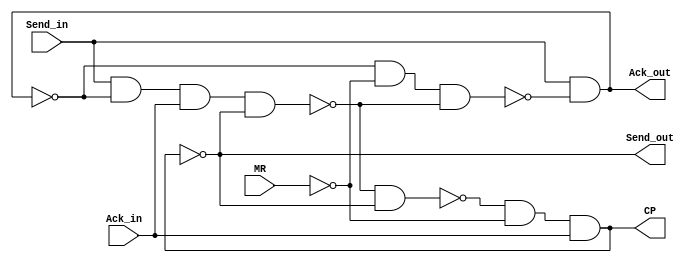
`timescale 1ns/1ns
module C (
    input Send_in, Ack_in, MR,
    output Ack_out, Send_out, CP
);

wire nand1_out, nand2_out, nand3_out, nand4_out, nand5_out;
wire not1_out, LA_out, LB_out, LC_out, LD_out;

assign not1_out = ~MR;
assign nand1_out = ~(Send_in & nand2_out);
assign nand2_out = ~(nand1_out & not1_out & nand3_out);
assign nand3_out = ~(Send_in & LA_out & Ack_in & LC_out);
assign nand4_out = ~(nand3_out & nand5_out);
assign nand5_out = ~(nand4_out & not1_out & Ack_in);
assign #4 LA_out = nand1_out;
assign #4 LB_out = nand1_out;
assign #4 LC_out = nand5_out;
assign #4 LD_out = LC_out;

assign Ack_out = ~LB_out;
assign Send_out = LD_out;
assign CP = ~nand5_out;
    
endmodule